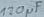
Text: 120µF